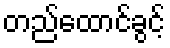
တည်ထောင်ခွင့်